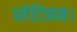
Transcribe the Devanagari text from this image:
प्लेटिनम।